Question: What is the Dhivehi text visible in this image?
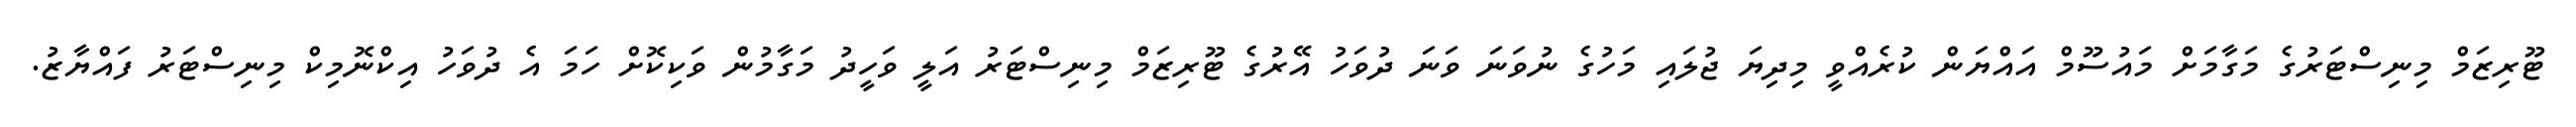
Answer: ޓޫރިޒަމް މިނިސްޓަރުގެ މަގާމަށް މައުސޫމް އައްޔަން ކުރެއްވީ މިދިޔަ ޖުލައި މަހުގެ ނުވަނަ ވަނަ ދުވަހު އޭރުގެ ޓޫރިޒަމް މިނިސްޓަރު އަލީ ވަހީދު މަގާމުން ވަކިކޮށް ހަމަ އެ ދުވަހު އިކްނޮމިކް މިނިސްޓަރު ފައްޔާޒު.